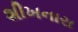
શીખનારા